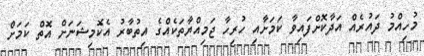
މުހިއްމު ދައުރެއް އަދާކޮށްފައިވާ ކަމަށާއި ހުރިހާ ޖަމިއްޔާތަކެއްގެ އިތުބާރު އެކޮމިޝަނަށް އޮތް ކަމަށް